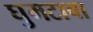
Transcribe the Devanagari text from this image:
घुमटाचा